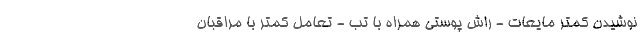
نوشیدن کمتر مایعات - راش پوستی همراه با تب - تعامل کمتر با مراقبان